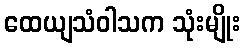
ထေယျသံဝါသက သုံးမျိုး